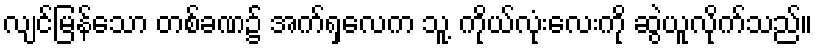
လျင်မြန်သော တစ်ခဏ၌ အက်ရှလေက သူ့ ကိုယ်လုံးလေးကို ဆွဲယူလိုက်သည်။